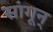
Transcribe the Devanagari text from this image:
सांगून्